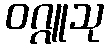
ဝဂ္ဂူသု